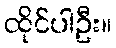
ထိုင်ပါဦး။